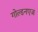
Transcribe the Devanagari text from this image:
गोल्डनएज